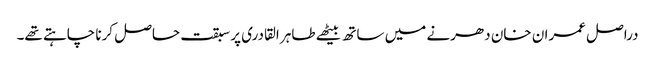
دراصل عمران خان دھرنے میں ساتھ بیٹھے طاہر القادری پر سبقت حاصل کرنا چاہتے تھے۔